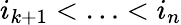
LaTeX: i_{k+1}<\ldots<i_{n}